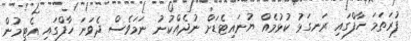
ފުރަތަމަ ހާފްގައި ރަނގަޅު ކުޅުމެއް ޔުނައިޓެޑަށް ނުދެއްކުނު ނަމަވެސް ދެވަނަ ހާފްގައި އެޓީމުން